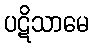
ပဋိသာမေ